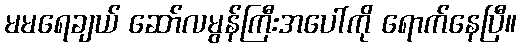
မမရေချယ် ဆော်လမွန်ကြီးအပေါ်ကို ရောက်နေပြီ။